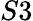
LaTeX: S3